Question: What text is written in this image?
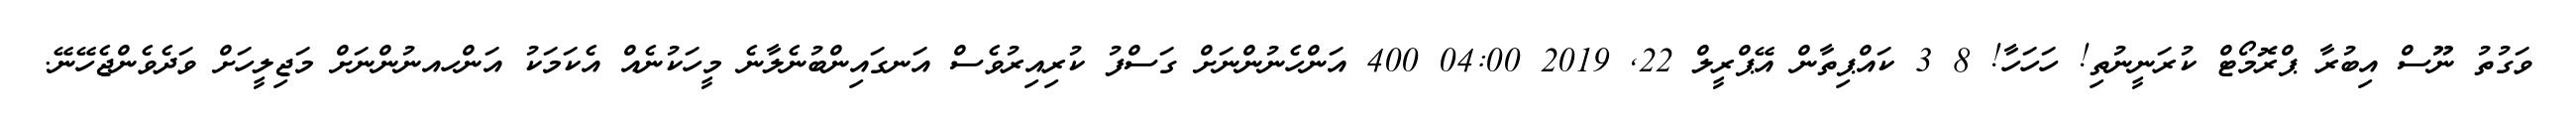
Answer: ވަގުތު ނޫސް އިބުރާ ޕްރޮމޯޓް ކުރަނީނުތި! ހަހަހާ! 8 3 ކައްޕިތާން އޭޕްރީލް 22, 2019 04:00 400 އަންހެނުންނަށް ގަސްފު ކުރިއިރުވެސް އަނގައިންބުނެލާނެ މީހަކުނެއް އެކަމަކު އަންހއނުންނަށް މަޖިލީހަށް ވަދެވެންޖެހޭނޭ.